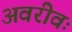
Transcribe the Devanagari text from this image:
अवरीवः